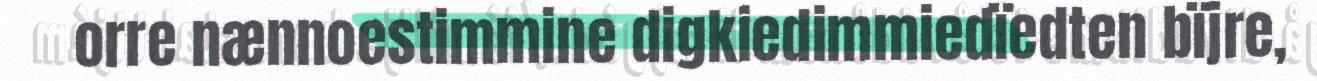
orre nænnoestimmine digkiedimmiedïedten bïjre,